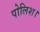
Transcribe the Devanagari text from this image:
पोलिश।